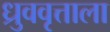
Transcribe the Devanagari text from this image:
ध्रुववृत्ताला